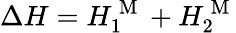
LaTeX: \Delta H=H_{1}^{\mathrm{~M~}}+H_{2}^{\mathrm{~M~}}